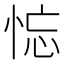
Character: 𢚚